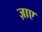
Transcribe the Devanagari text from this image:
ज़ाए